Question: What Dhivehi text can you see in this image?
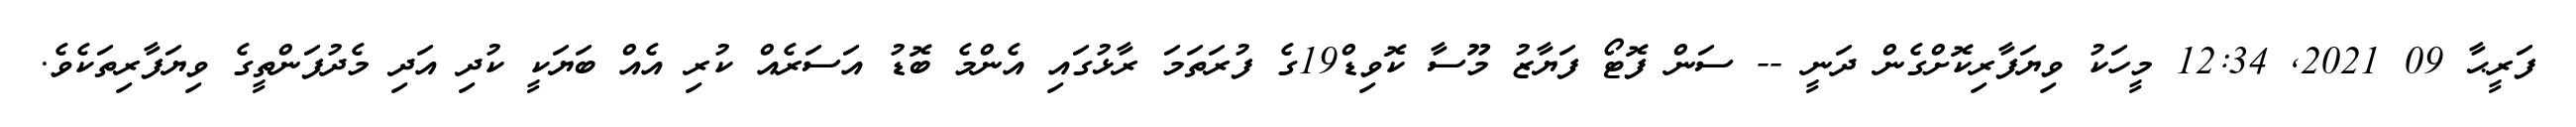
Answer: ފަރީޙާ 09 2021, 12:34 މީހަކު ވިޔަފާރިކޮށްގެން ދަނީ -- ސަން ފޮޓޯ ފަޔާޒު މޫސާ ކޮވިޑް19ގެ ފުރަތަމަ ރާޅުގައި އެންމެ ބޮޑު އަސަރެއް ކުރި އެއް ބަޔަކީ ކުދި އަދި މެދުފަންތީގެ ވިޔަފާރިތަކެވެ.